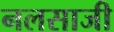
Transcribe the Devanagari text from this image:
नलसाजी